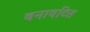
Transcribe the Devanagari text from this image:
बनावटित